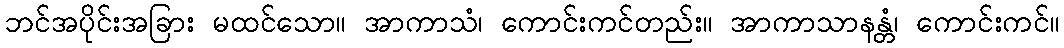
ဘင်အပိုင်းအခြား မထင်သော။ အာကာသံ၊ ကောင်းကင်တည်း။ အာကာသာနန္တံ၊ ကောင်းကင်။